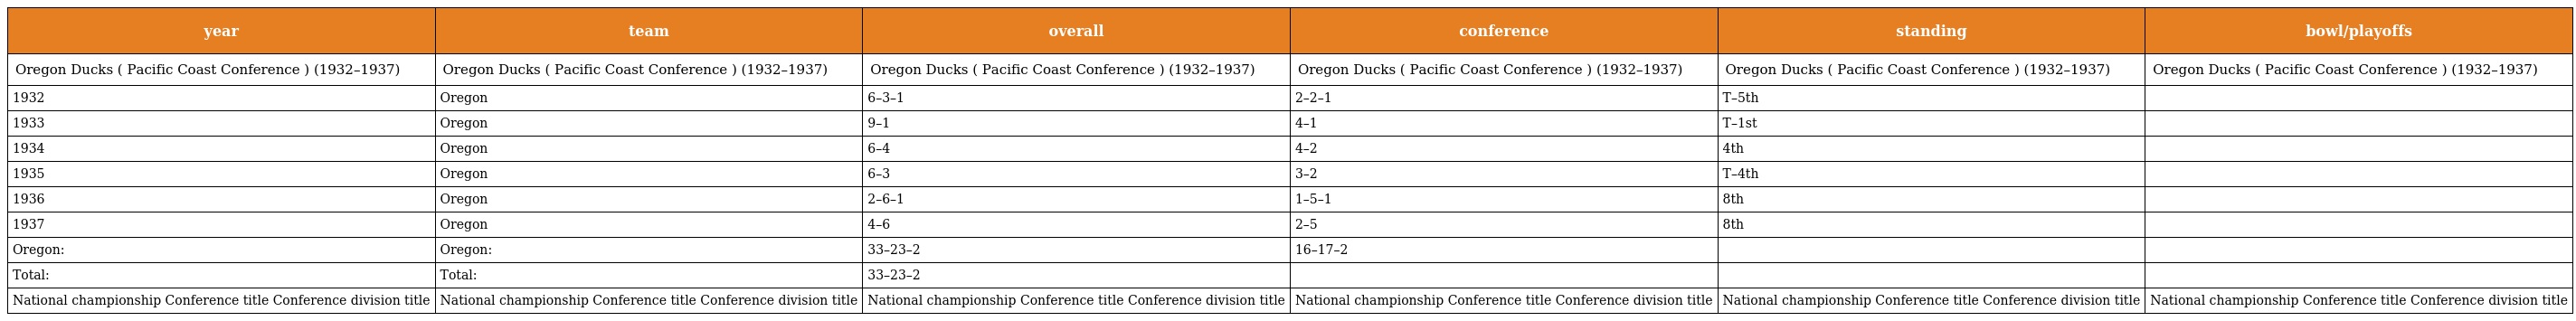
| year | team | overall | conference | standing | bowl/playoffs |
 | --- | --- | --- | --- | --- | --- |
 | Oregon Ducks ( Pacific Coast Conference ) (1932–1937) | Oregon Ducks ( Pacific Coast Conference ) (1932–1937) | Oregon Ducks ( Pacific Coast Conference ) (1932–1937) | Oregon Ducks ( Pacific Coast Conference ) (1932–1937) | Oregon Ducks ( Pacific Coast Conference ) (1932–1937) | Oregon Ducks ( Pacific Coast Conference ) (1932–1937) |
 | 1932 | Oregon | 6–3–1 | 2–2–1 | T–5th |  |
 | 1933 | Oregon | 9–1 | 4–1 | T–1st |  |
 | 1934 | Oregon | 6–4 | 4–2 | 4th |  |
 | 1935 | Oregon | 6–3 | 3–2 | T–4th |  |
 | 1936 | Oregon | 2–6–1 | 1–5–1 | 8th |  |
 | 1937 | Oregon | 4–6 | 2–5 | 8th |  |
 | Oregon: | Oregon: | 33–23–2 | 16–17–2 |  |  |
 | Total: | Total: | 33–23–2 |  |  |  |
 | National championship Conference title Conference division title | National championship Conference title Conference division title | National championship Conference title Conference division title | National championship Conference title Conference division title | National championship Conference title Conference division title | National championship Conference title Conference division title |